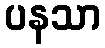
ပနသာ